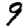
Digit: 9